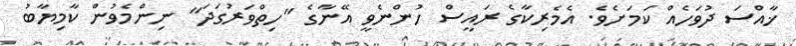
ޚާއްސަ ދުވަހެއް ކަމަށެވެ. އެމެރިކާގެ ރައީސް ހުންނެވީ އޭނާގެ "ހިތްވަރުގަދަ" ނިންމެވުން ކާމިޔާބު